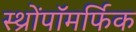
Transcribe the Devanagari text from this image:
स्थ्रोंपॉमर्फिक